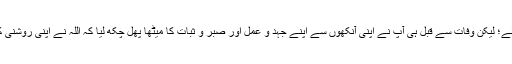
ہفتہ، مہینہ اور سال دو سال نہیں؛ بلکہ سال ہا سال تک، یہاں تک کہ رفیقِ اعلی سے جاملے؛ لیکن وفات سے قبل ہی آپ نے اپنی آنکھوں سے اپنے جہد و عمل اور صبر و ثبات کا میٹھا پھل چکھ لیا کہ اللہ نے اپنی روشنی کی تکمیل کردی اور باطل کے فرزندانِ وفاکیش اُس کو اپنے مونھوں سے بجھا نہ سکے۔